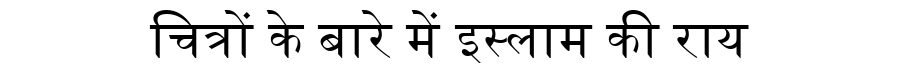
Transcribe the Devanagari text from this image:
चित्रों के बारे में इस्लाम की राय